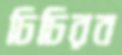
ঢিঢিরব